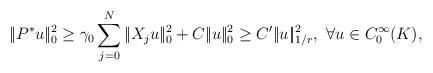
LaTeX: \begin{align*}|\!|P^*u|\!|_0^2\geq \gamma_0\sum_{j=0}^N|\!|X_ju|\!|_0^2+C|\!|u|\!|_0^2\geq C'|\!|u|\!|_{1/r}^2,\,\,\forall u\in C_0^\infty(K),\end{align*}